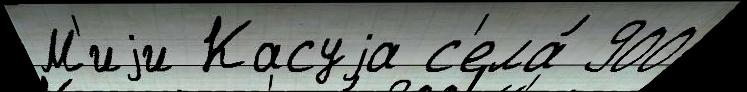
М'иjи Касуjа с'ела́ 900